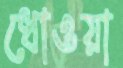
ধোওয়া